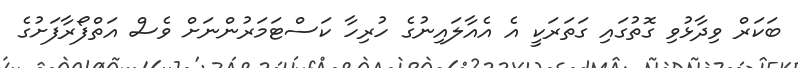
ބަކަރް ވިދާޅުވި ގޮތުގައި ގަތަރަކީ އެ އެއާލައިނުގެ ހުރިހާ ކަސްޓަމަރުންނަށް ވެސް އަތްފޯރާފަށުގެ